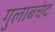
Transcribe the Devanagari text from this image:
गुलाबचंद